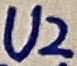
Text: U2